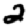
Digit: 2